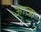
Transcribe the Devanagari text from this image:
आज़ा